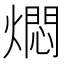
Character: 燜